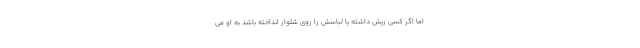
اما اگر کسی ریش داشته یا لباسش را روی شلوار انداخته باشد به او می